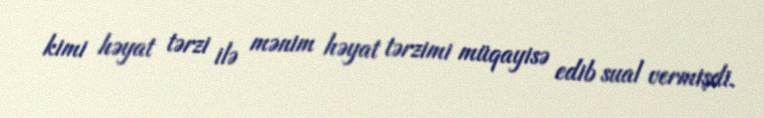
kimi həyat tərzi ilə mənim həyat tərzimi müqayisə edib sual vermişdi.